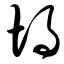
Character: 埚